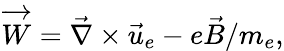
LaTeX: \overrightarrow{W}=\vec{\nabla}\times\vec{u}_{e}-e\vec{B}/m_{e},